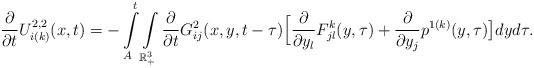
LaTeX: \begin{align*}\frac{\partial}{\partial{t}}U_{i(k)}^{2,2}(x,t)= -\int\limits^t_{A}\int\limits_{\mathbb{R}^{3}_{+}}\frac{\partial}{\partial{t}}G_{ij}^{2}(x,y,t-\tau)\Big[\frac{\partial}{\partial y_{l}}F^{k}_{jl}(y,\tau)+\frac{\partial}{\partial{y_j}}p^{1(k)}(y,\tau)\big]dyd\tau.\end{align*}